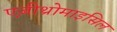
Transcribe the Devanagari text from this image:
एज़ीथ्रोमाइसिल